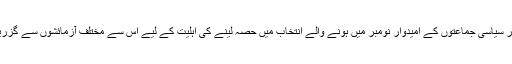
(آزاد اور سیاسی جماعتوں کے امیدوار نومبر میں ہونے والے انتخاب میں حصہ لینے کی اہلیت کے لیے اس سے مختلف آزمائشوں سے گزریں گے۔